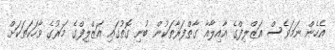
އެހެން ނަމަވެސް އަޒްލިފްގެ އާއިލާއާ ގާތްފަރާތަކުން ބުނި ގޮތުގައި އަޒްލިފްގެ މަރުގެ ވާހަކަތަކަށް